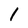
Character: 1